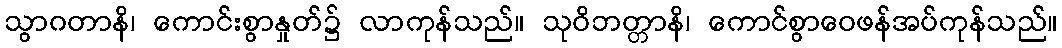
သွာဂတာနိ၊ ကောင်းစွာနှုတ်၌ လာကုန်သည်။ သုဝိဘတ္တာနိ၊ ကောင်စွာဝေဖန်အပ်ကုန်သည်။